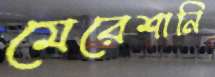
মেরেশানি